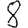
Digit: 8